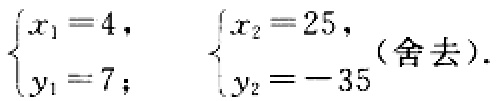
$\begin{cases}x_{1}=4,\\y_{1}=7;\end{cases}\quad \begin{cases}x_{2}=25,\\y_{2}=-35 \end{cases}(舍去).$